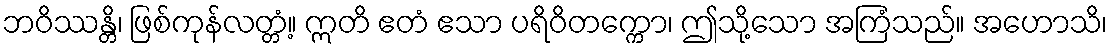
ဘဝိဿန္တိ၊ ဖြစ်ကုန်လတ္တံ့။ ဣတိ ဧတံ ဧသာ ပရိဝိတက္ကော၊ ဤသို့သော အကြံသည်။ အဟောသိ၊